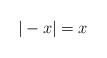
LaTeX: \begin{align*} |-x| = x\end{align*}